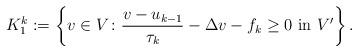
LaTeX: \begin{align*} K_1^k:=\left\{v\in V \colon \frac{v-u_{k-1}}{\tau_k}-\Delta v-f_k\ge 0 \ \mbox{\rm in } V' \right\}.\end{align*}